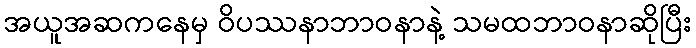
အယူအဆကနေမှ ဝိပဿနာဘာဝနာနဲ့ သမထဘာဝနာဆိုပြီး